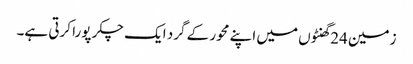
زمین 24گھنٹوں میں اپنے محور کے گرد ایک چکر پورا کرتی ہے۔